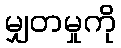
မျှတမှုကို